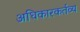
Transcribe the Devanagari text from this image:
अधिकारकर्तव्य